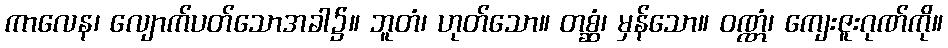
ကာလေန၊ လျောက်ပတ်သောအခါ၌။ ဘူတံ၊ ဟုတ်သော။ တစ္ဆံ၊ မှန်သော။ ဝဏ္ဏံ၊ ကျေးဇူးဂုဏ်ကို။